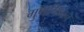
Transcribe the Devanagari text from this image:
गुणनिधान